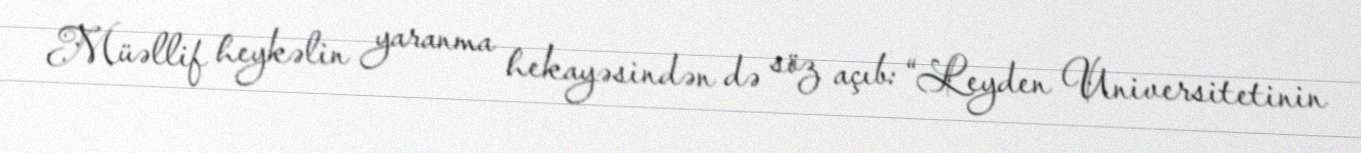
Müəllif heykəlin yaranma hekayəsindən də söz açıb: “Leyden Universitetinin